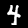
Label: 4